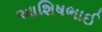
આશિષભાઈ